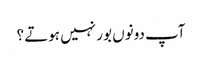
آپ دونوں بور نہیں ہوتے ؟